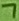
Text: 7